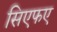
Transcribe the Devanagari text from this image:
सिएफए